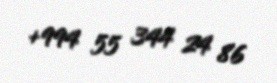
+994 55 344 24 86